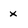
Character: x